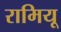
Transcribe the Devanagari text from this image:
रामियू